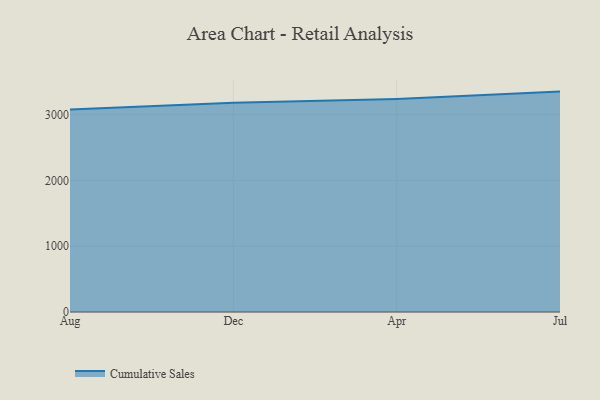
{"axis": {"x": "Month", "y": "Satisfaction Score"}, "legend": ["Cumulative Sales"], "data": [{"x": "Aug", "y": 3078.0, "type": "Cumulative Sales"}, {"x": "Dec", "y": 3180.9, "type": "Cumulative Sales"}, {"x": "Apr", "y": 3238.6, "type": "Cumulative Sales"}, {"x": "Jul", "y": 3350.4, "type": "Cumulative Sales"}]}